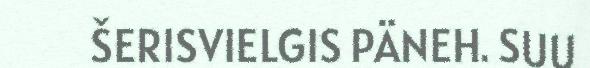
ŠERISVIELGIS PÄNEH. SUU